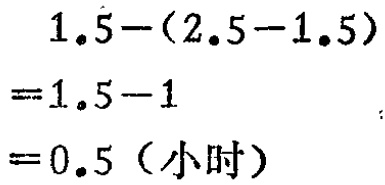
\[
\begin{align*}
&1.5-(2.5 - 1.5)\\
=&1.5-1\\
=&0.5 \text{（小时）}
\end{align*}
\]